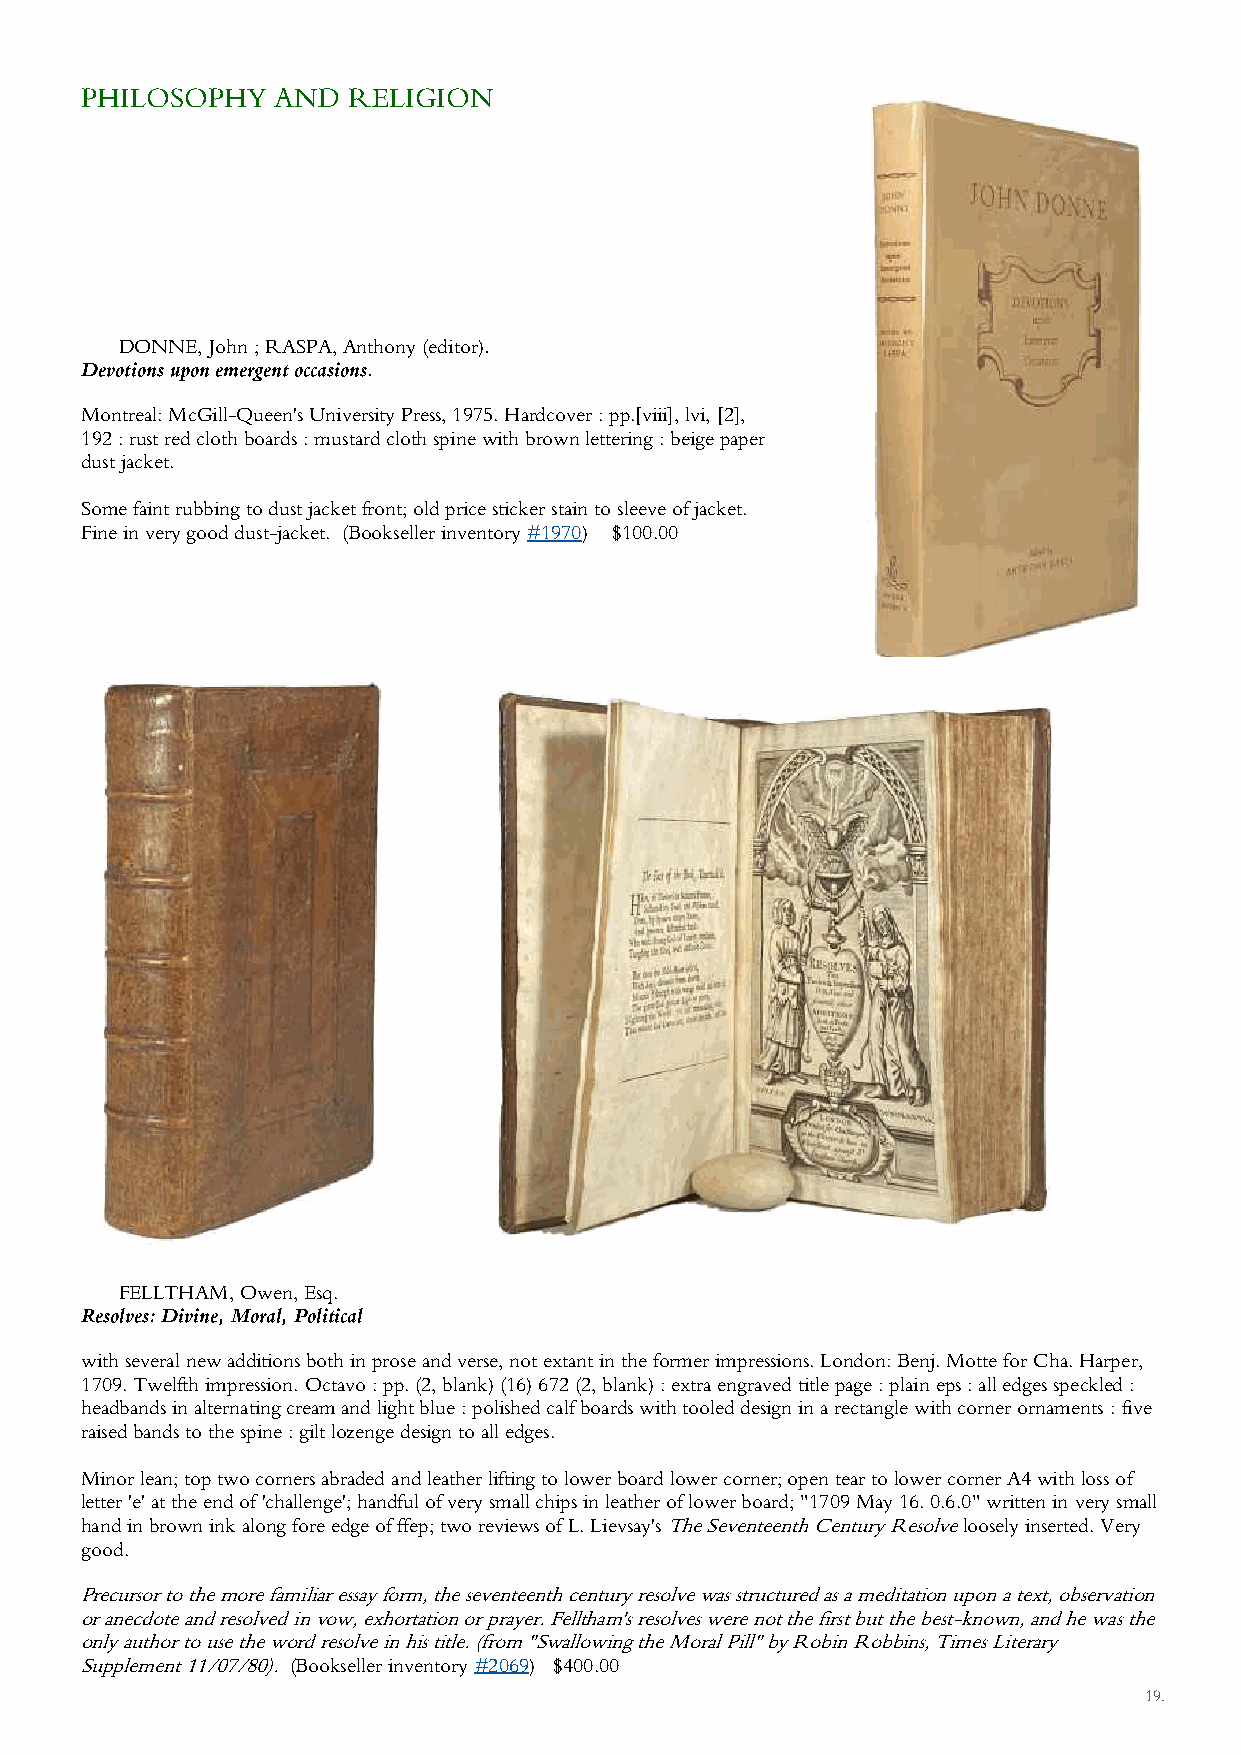
PHILOSOPHY   AND  RELIGION
 DONNE, John ; RASPA, Anthony (editor).
 Devotions upon emergent occasions.
 Montreal: McGill-Queen's University Press, 1975. Hardcover : pp.[viii], lvi, [2],
 192 : rust red cloth boards : mustard cloth spine with brown lettering : beige paper
 dust jacket.
 Some faint rubbing to dust jacket front; old price sticker stain to sleeve of jacket.
 Fine in very good dust-jacket. (Bookseller inventory #1970) $100.00
 FELLTHAM, Owen, Esq.
 Resolves: Divine, Moral, Political
 with several new additions both in prose and verse, not extant in the former impressions. London: Benj. Motte for Cha. Harper,
 1709. Twelfth impression. Octavo : pp. (2, blank) (16) 672 (2, blank) : extra engraved title page : plain eps : all edges speckled :
 headbands in alternating cream and light blue : polished calf boards with tooled design in a rectangle with corner ornaments : five
 raised bands to the spine : gilt lozenge design to all edges.
 Minor lean; top two corners abraded and leather lifting to lower board lower corner; open tear to lower corner A4 with loss of
 letter 'e' at the end of 'challenge'; handful of very small chips in leather of lower board; "1709 May 16. 0.6.0" written in very small
 hand in brown ink along fore edge of ffep; two reviews of L. Lievsay's The Seventeenth Century Resolve loosely inserted. Very
 good.
 Precursor to the more familiar essay form, the seventeenth century resolve was structured as a meditation upon a text, observation
 or anecdote and resolved in vow, exhortation or prayer. Felltham's resolves were not the first but the best-known, and he was the
 only author to use the word resolve in his title. (from "Swallowing the Moral Pill" by Robin Robbins, Times Literary
 Supplement 11/07/80). (Bookseller inventory #2069) $400.00
 19 .